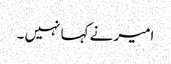
امیر نے کہا نہیں ۔